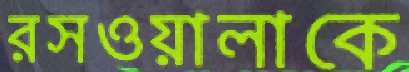
রসওয়ালাকে